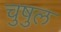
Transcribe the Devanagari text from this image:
चुषुल